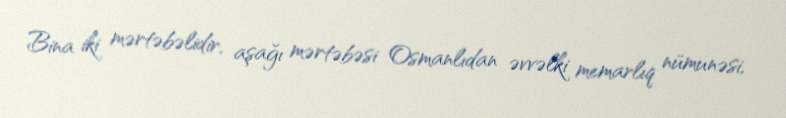
Bina iki mərtəbəlidir, aşağı mərtəbəsi Osmanlıdan əvvəlki memarlıq nümunəsi,